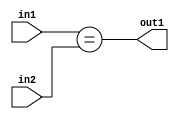
`timescale 1ps / 1ps
/*****************************************************************************
    Verilog RTL Description
    
    
    Created by: Stratus DpOpt 2019.1.01 
*******************************************************************************/

module feature_write_addr_gen_Equal_8Ux2U_1U_4 (
	in2,
	in1,
	out1
	); /* architecture "behavioural" */ 
input [7:0] in2;
input [1:0] in1;
output  out1;
wire  asc001;

assign asc001 = (in1==in2);

assign out1 = asc001;
endmodule

/* CADENCE  urn1Qgg= : u9/ySgnWtBlWxVPRXgAZ4Og= ** DO NOT EDIT THIS LINE ******/